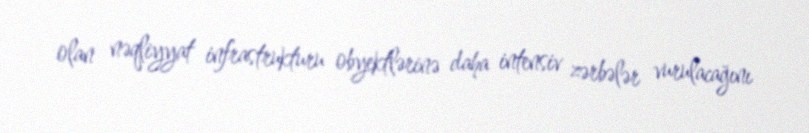
olan nəqliyyat infrastrukturu obyektlərinə daha intensiv zərbələr vurulacağını